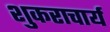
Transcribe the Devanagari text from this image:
शुकराचार्य